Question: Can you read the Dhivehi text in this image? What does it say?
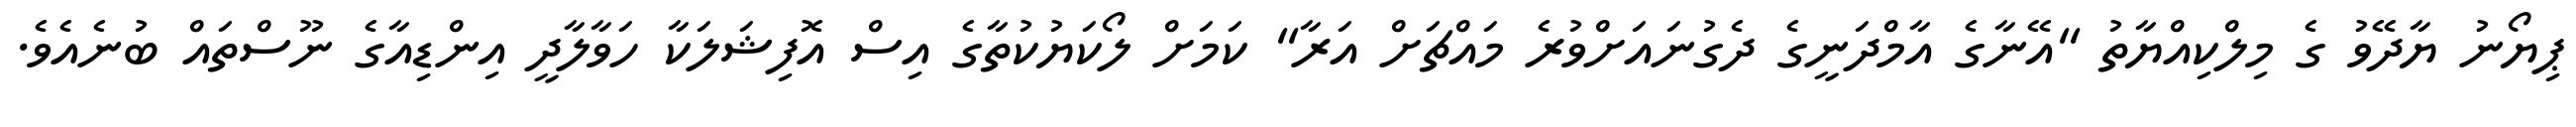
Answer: ޕިޔޯނު ޔާދޭވު ގެ މިލްކިއްޔާތު "އޭނާގެ އާމްދަނީގެ ދެގުނައަށްވުރެ މައްޗަށް އަރާ" ކަމަށް ލޯކަޔުކުތާގެ އިސް އޮފިޝަލަކާ ހަވާލާދީ އިންޑިއާގެ ނޫސްތައް ބުނެއެވެ.